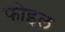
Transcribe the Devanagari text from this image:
फोइल